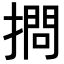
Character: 𢴌